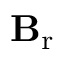
\mathbf { B } _ { \mathrm { r } }